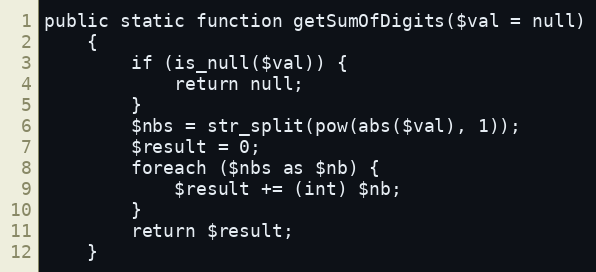
Language: PHP
public static function getSumOfDigits($val = null)
    {
        if (is_null($val)) {
            return null;
        }
        $nbs = str_split(pow(abs($val), 1));
        $result = 0;
        foreach ($nbs as $nb) {
            $result += (int) $nb;
        }
        return $result;
    }